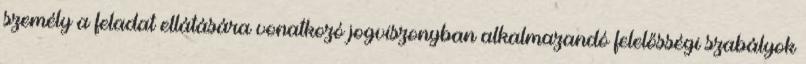
személy a feladat ellátására vonatkozó jogviszonyban alkalmazandó felelősségi szabályok